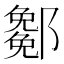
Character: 𨞭